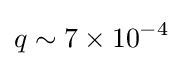
q\sim 7\times 10^{-4}